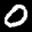
Label: 0